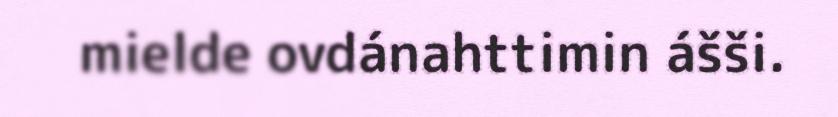
mielde ovdánahttimin ášši.